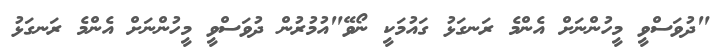
"ދުވަސްވީ މީހުންނަށް އެންމެ ރަނގަޅު ގައުމަކީ ނޯވޭ"އުމުރުން ދުވަސްވީ މީހުންނަށް އެންމެ ރަނގަޅު